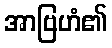
အာဗြဟံ၏